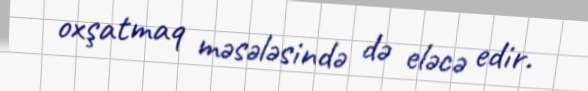
oxşatmaq məsələsində də eləcə edir.